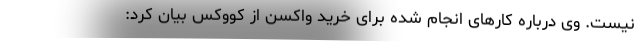
نیست. وی درباره کارهای انجام شده برای خرید واکسن از کووکس بیان کرد: